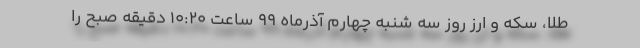
طلا، سکه و ارز روز سه شنبه چهارم آذرماه ۹۹ ساعت ۱۰:۲۰ دقیقه صبح را